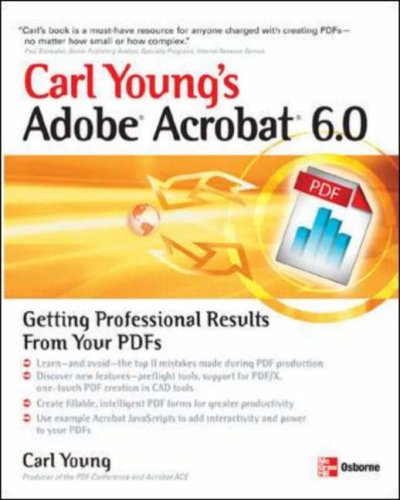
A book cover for Adobe Acrobat 6.0: Getting Professional Results from Your PDFs; Carl Young; Computers & Technology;